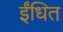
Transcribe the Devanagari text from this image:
ईंधित